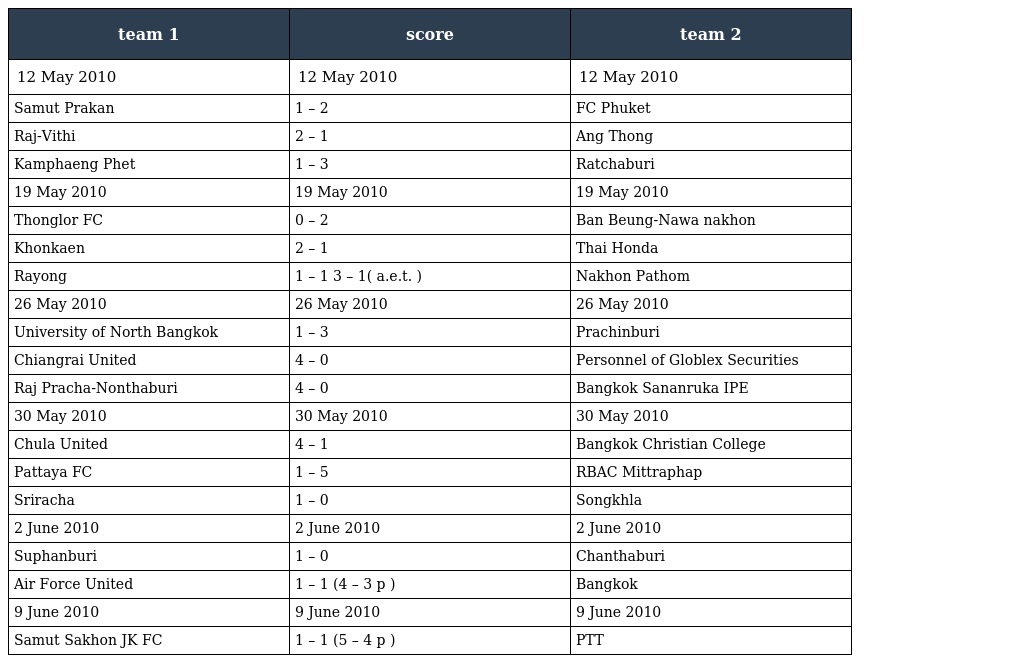
| team 1 | score | team 2 |
 | --- | --- | --- |
 | 12 May 2010 | 12 May 2010 | 12 May 2010 |
 | Samut Prakan | 1 – 2 | FC Phuket |
 | Raj-Vithi | 2 – 1 | Ang Thong |
 | Kamphaeng Phet | 1 – 3 | Ratchaburi |
 | 19 May 2010 | 19 May 2010 | 19 May 2010 |
 | Thonglor FC | 0 – 2 | Ban Beung-Nawa nakhon |
 | Khonkaen | 2 – 1 | Thai Honda |
 | Rayong | 1 – 1 3 – 1( a.e.t. ) | Nakhon Pathom |
 | 26 May 2010 | 26 May 2010 | 26 May 2010 |
 | University of North Bangkok | 1 – 3 | Prachinburi |
 | Chiangrai United | 4 – 0 | Personnel of Globlex Securities |
 | Raj Pracha-Nonthaburi | 4 – 0 | Bangkok Sananruka IPE |
 | 30 May 2010 | 30 May 2010 | 30 May 2010 |
 | Chula United | 4 – 1 | Bangkok Christian College |
 | Pattaya FC | 1 – 5 | RBAC Mittraphap |
 | Sriracha | 1 – 0 | Songkhla |
 | 2 June 2010 | 2 June 2010 | 2 June 2010 |
 | Suphanburi | 1 – 0 | Chanthaburi |
 | Air Force United | 1 – 1 (4 – 3 p ) | Bangkok |
 | 9 June 2010 | 9 June 2010 | 9 June 2010 |
 | Samut Sakhon JK FC | 1 – 1 (5 – 4 p ) | PTT |